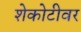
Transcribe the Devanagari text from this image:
शेकोटीवर